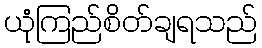
ယုံကြည်စိတ်ချရသည်